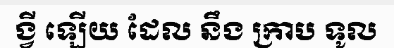
ង្វី ឡើយ ដែល នឹង ក្រាប ទូល